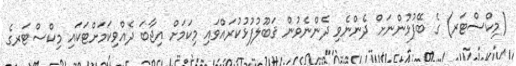
(މިކްސްޓަރ) ގެ ބޭފުޅުންނަށް ދެންނެވި ދެންނެވުން ޤަބޫލުފުޅުކުރައްވައި މިކަމަށް އިޖާބަ ދެއްވިކަމަށްޓަކައި މިކްސްޓަރގެ